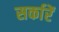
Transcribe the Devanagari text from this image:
सर्कारें